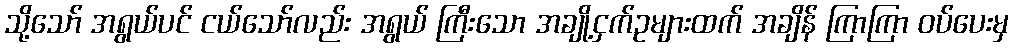
သို့သော် အရွယ်ပင် ငယ်သော်လည်း အရွယ် ကြီးသော အချို့ငှက်ဥများထက် အချိန် ကြာကြာ ဝပ်ပေးမှ